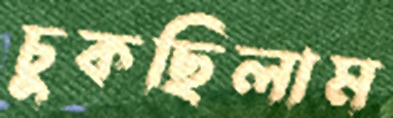
চুকছিলাম